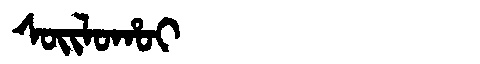
Manchu: ᠰᠣᡳᠯᠣᡥᠣᡳ
Romanization: SOILOHOI